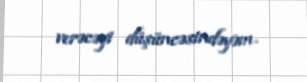
verəcəyi düşüncəsindəyəm.